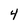
Character: 4